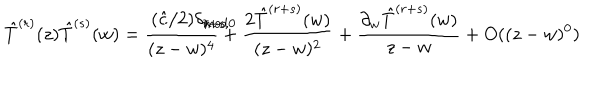
\hat { T } ^ { ( r ) } ( z ) \hat { T } ^ { ( s ) } ( w ) = \frac { ( \hat { c } / 2 ) \delta _ { r + s , 0 \hspace { . 0 5 i n } m o d \hspace { . 0 3 i n } \lambda } } { ( z - w ) ^ { 4 } } + \frac { 2 \hat { T } ^ { ( r + s ) } ( w ) } { ( z - w ) ^ { 2 } } + \frac { \partial _ { w } \hat { T } ^ { ( r + s ) } ( w ) } { z - w } + O ( ( z - w ) ^ { 0 } )